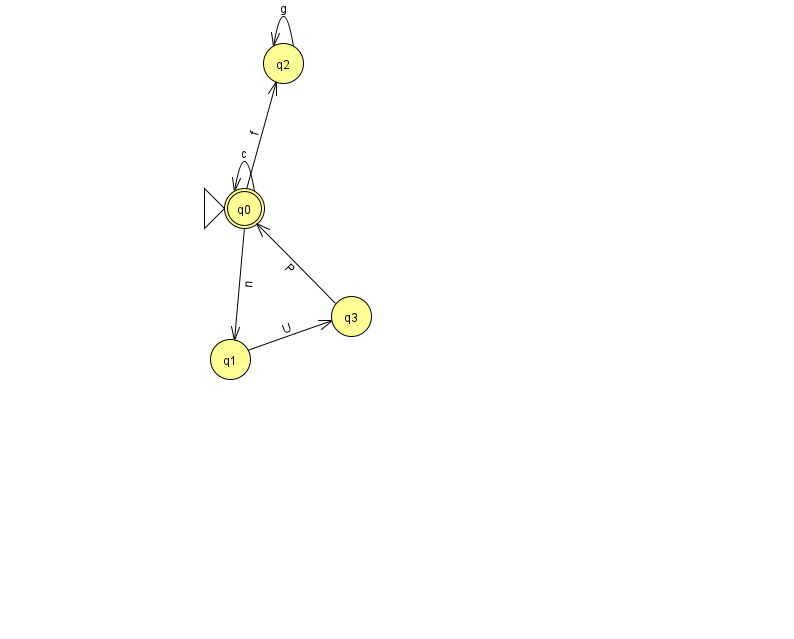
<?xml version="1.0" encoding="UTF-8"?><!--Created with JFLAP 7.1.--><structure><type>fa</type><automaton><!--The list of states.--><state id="0" name="q0"><x>244.0</x><y>195.0</y><initial/><final/></state><state id="1" name="q1"><x>230.0</x><y>346.0</y></state><state id="2" name="q2"><x>283.0</x><y>50.0</y></state><state id="3" name="q3"><x>351.0</x><y>303.0</y></state><!--The list of transitions.--><transition><from>0</from><to>0</to><read>c</read></transition><transition><from>0</from><to>1</to><read>n</read></transition><transition><from>1</from><to>3</to><read>U</read></transition><transition><from>2</from><to>2</to><read>g</read></transition><transition><from>3</from><to>0</to><read>P</read></transition><transition><from>0</from><to>2</to><read>f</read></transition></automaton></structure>